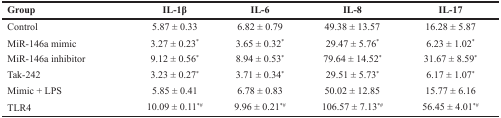
<table><thead><tr><td><b>Group</b></td><td><b>IL-1β</b></td><td><b>IL-6</b></td><td><b>IL-8</b></td><td><b>IL-17</b></td></tr></thead><tbody><tr><td>Control</td><td>5.87 ± 0.33</td><td>6.82 ± 0.79</td><td>49.38 ± 13.57</td><td>16.28 ± 5.87</td></tr><tr><td>MiR-146a mimic</td><td>3.27 ± 0.23<sup>*</sup></td><td>3.65 ± 0.32<sup>*</sup></td><td>29.47 ± 5.76<sup>*</sup></td><td>6.23 ± 1.02<sup>*</sup></td></tr><tr><td>MiR-146a inhibitor</td><td>9.12 ± 0.56<sup>*</sup></td><td>8.94 ± 0.53<sup>*</sup></td><td>79.64 ± 14.52<sup>*</sup></td><td>31.67 ± 8.59<sup>*</sup></td></tr><tr><td>Tak-242</td><td>3.23 ± 0.27<sup>*</sup></td><td>3.71 ± 0.34<sup>*</sup></td><td>29.51 ± 5.73<sup>*</sup></td><td>6.17 ± 1.07<sup>*</sup></td></tr><tr><td>Mimic + LPS</td><td>5.85 ± 0.41</td><td>6.78 ± 0.83</td><td>50.02 ± 12.85</td><td>15.77 ± 6.16</td></tr><tr><td>TLR4</td><td>10.09 ± 0.11<sup>*#</sup></td><td>9.96 ± 0.21<sup>*#</sup></td><td>106.57 ± 7.13<sup>*#</sup></td><td>56.45 ± 4.01<sup>*#</sup></td></tr></tbody></table>